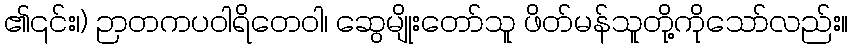
၏၎င်း၊) ဉာတကပဝါရိတေဝါ၊ ဆွေမျိုးတော်သူ ဖိတ်မန်သူတို့ကိုသော်လည်း။